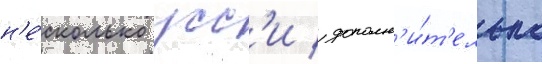
н'е́сколько усс'и / дополн'и́т'ельно